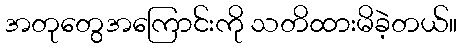
အတုတွေအကြောင်းကို သတိထားမိခဲ့တယ်။